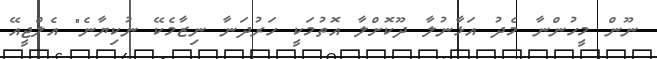
ނޫން މީހުންނާ މެދު އަޅާނުލާ ދޫކޮށްލާ އޮތުމަކީ ހަރުދަނާ ނިޒާމެކޭ ނުކިޔާނެ" އެލްޖީއޭ